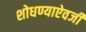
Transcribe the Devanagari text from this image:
शोधण्याऐवजी